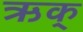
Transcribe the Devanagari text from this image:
ऋक्‌